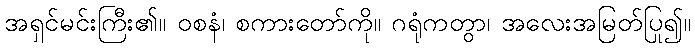
အရှင်မင်းကြီး၏။ ဝစနံ၊ စကားတော်ကို။ ဂရုံကတွာ၊ အလေးအမြတ်ပြု၍။